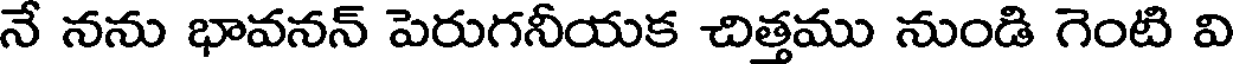
నే నను భావనన్ పెరుగనీయక చిత్తము నుండి గెంటి వి